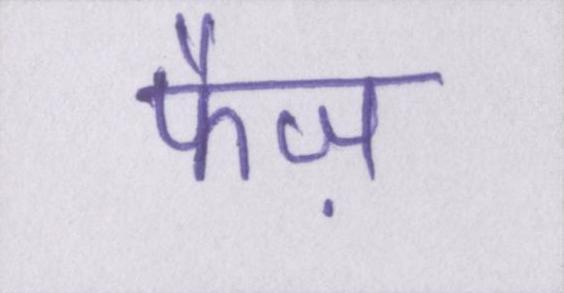
फैज़